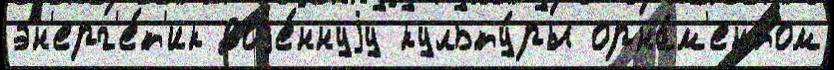
эн'ерг'е́т'ик воjе́ннуjу культу́ры орна́м'ентом